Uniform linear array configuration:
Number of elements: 32
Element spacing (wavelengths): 0.5
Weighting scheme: hamming
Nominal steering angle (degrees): -30
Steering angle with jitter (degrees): -31.748
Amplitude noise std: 0.05
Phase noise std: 0.05

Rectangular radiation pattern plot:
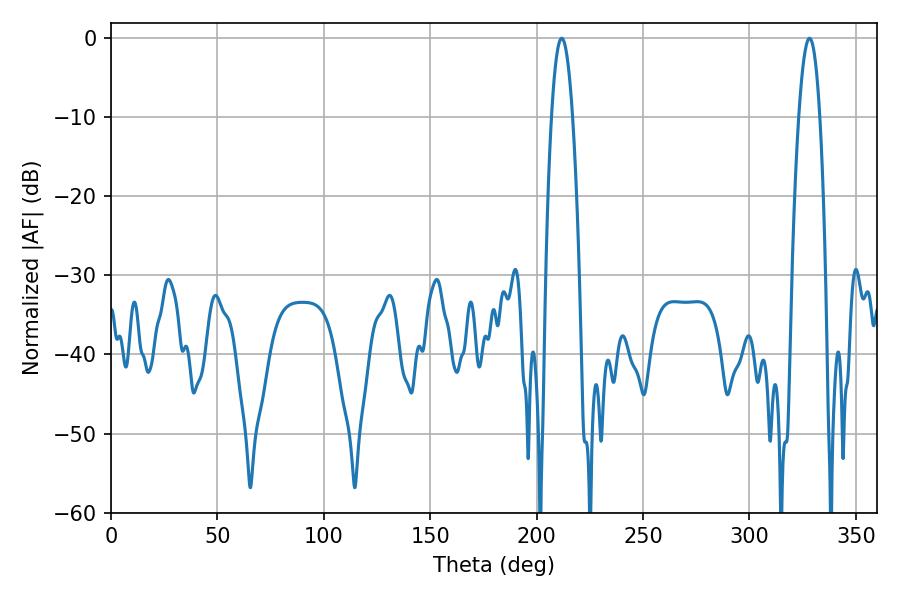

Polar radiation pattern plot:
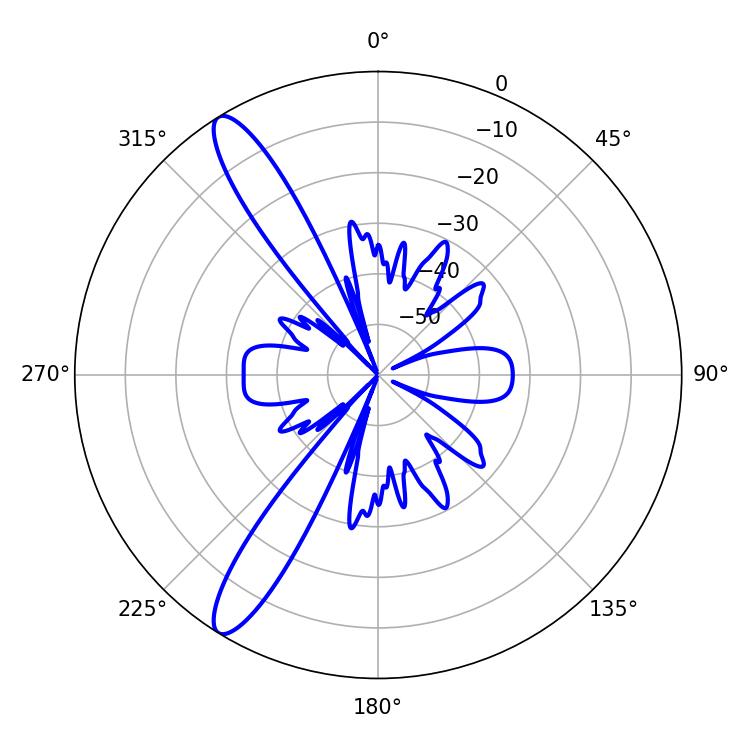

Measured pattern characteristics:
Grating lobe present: FALSE
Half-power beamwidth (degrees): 5.4
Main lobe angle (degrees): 211.86